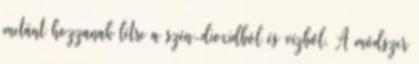
metánt hozzanak létre a szén-dioxidból és vízből. A módszer